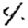
Digit: 4